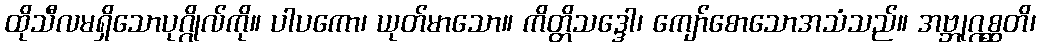
ထိုသီလမရှိသောပုဂ္ဂိုလ်ကို။ ပါပကော၊ ယုတ်မာသော။ ကိတ္တိသဒ္ဒေါ၊ ကျော်စောသောအသံသည်။ အဗ္ဘုဂ္ဂစ္ဆတိ၊